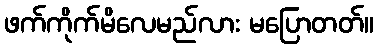
ဖက်ကိုက်မိလေမည်လား မပြောတတ်။